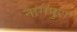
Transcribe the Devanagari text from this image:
नागपुरा